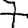
Digit: 7